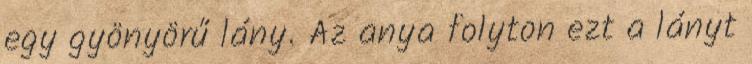
egy gyönyörű lány. Az anya folyton ezt a lányt